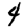
Digit: 4